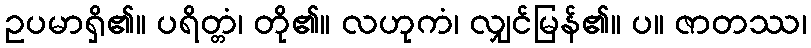
ဥပမာရှိ၏။ ပရိတ္တံ၊ တို၏။ လဟုကံ၊ လျှင်မြန်၏။ ပ။ ဇာတဿ၊